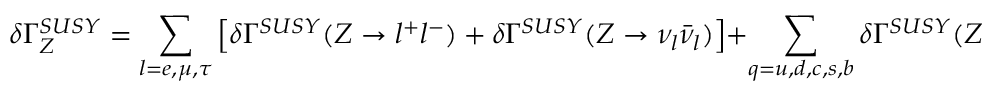
\delta \Gamma _ { Z } ^ { S U S Y } = \sum _ { l = e , \mu , \tau } \left[ \delta \Gamma ^ { S U S Y } ( Z \rightarrow l ^ { + } l ^ { - } ) + \delta \Gamma ^ { S U S Y } ( Z \rightarrow \nu _ { l } \bar { \nu } _ { l } ) \right] + \sum _ { q = u , d , c , s , b } \delta \Gamma ^ { S U S Y } ( Z \rightarrow q \bar { q } )